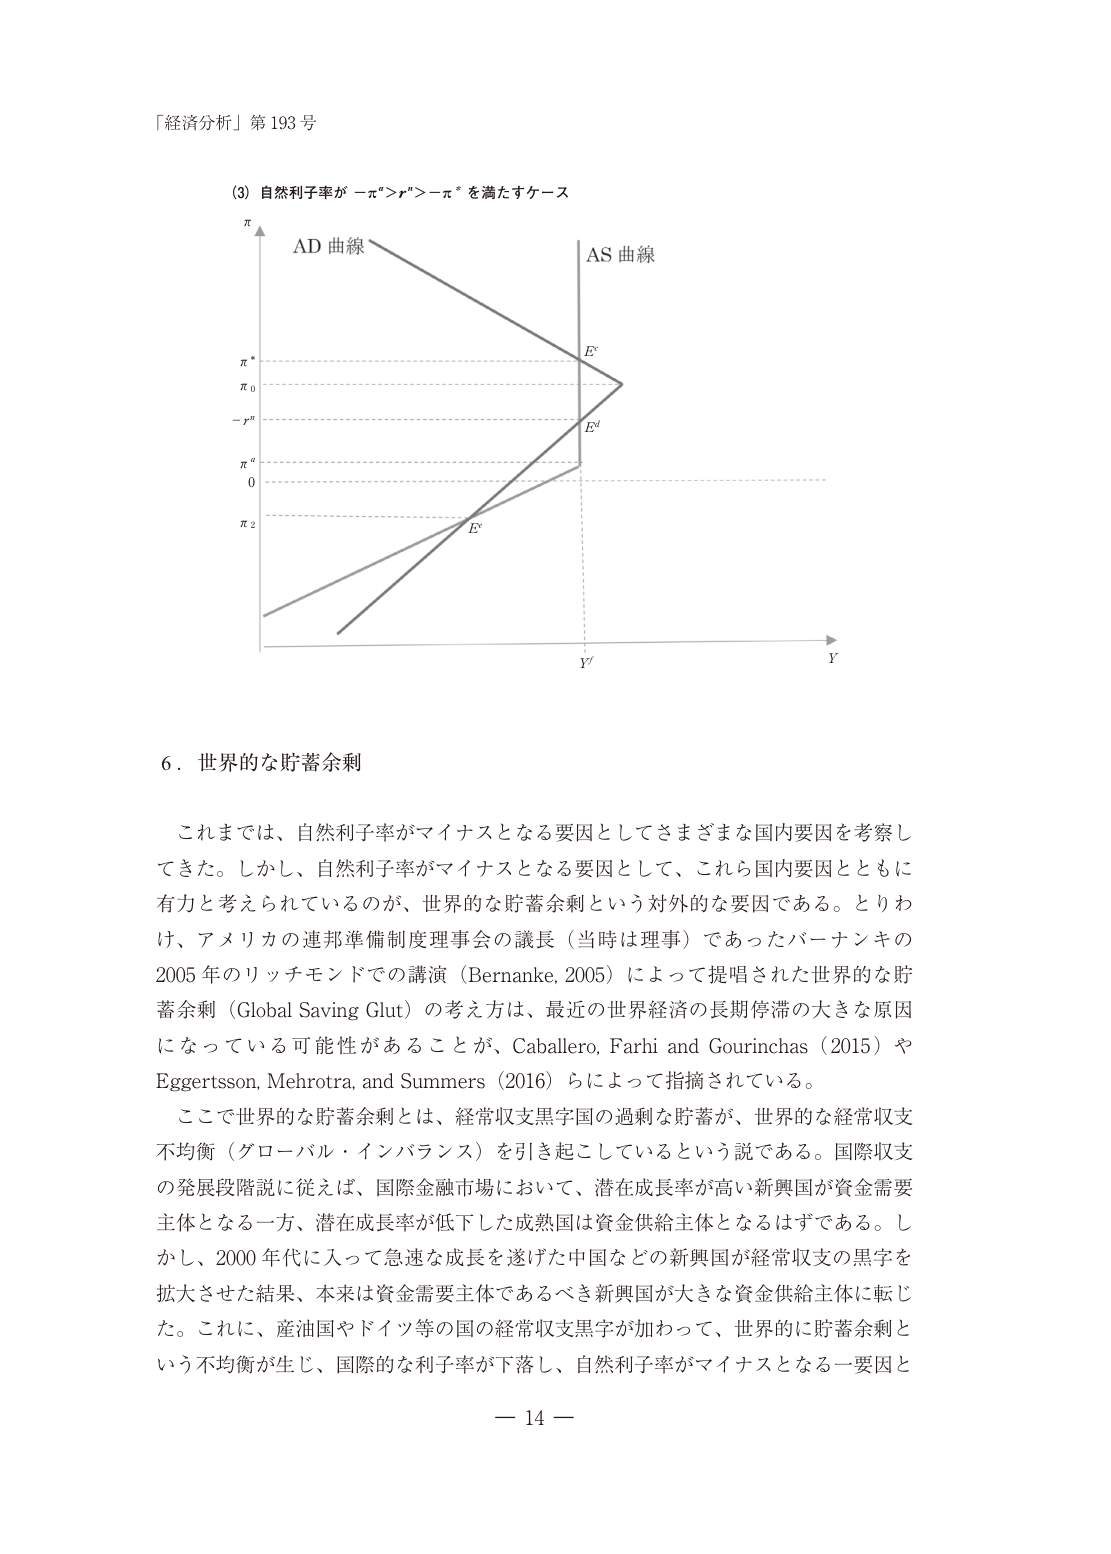
「経済分析」第 193 号

(3) 自然利子率が −π* > r* > −π* を満たすケース

π
AD 曲線
AS 曲線
π*
π0
−r*
π''
0
π2
E*
E'
E''
Y'
Y

6．世界的な貯蓄余剰

これまでは、自然利子率がマイナスとなる要因としてさまざまな国内要因を考察してきた。しかし、自然利子率がマイナスとなる要因として、これら国内要因とともに有力と考えられているのが、世界的な貯蓄余剰という対外的な要因である。とりわけ、アメリカの連邦準備制度理事会の議長（当時は理事）であったバーナンキの2005年のリッチモンドでの講演（Bernanke, 2005）によって提唱された世界的な貯蓄余剰（Global Saving Glut）の考え方は、最近の世界経済の長期停滞の大きな原因になっている可能性があることが、Caballero, Farhi and Gourinchas（2015）やEggertsson, Mehrotra, and Summers（2016）らによって指摘されている。

ここで世界的な貯蓄余剰とは、経常収支黒字国の過剰な貯蓄が、世界的な経常収支不均衡（グローバル・インバランス）を引き起こしているという説である。国際収支の発展段階説に従えば、国際金融市場において、潜在成長率が高い新興国が資金需要主体となる一方、潜在成長率が低下した成熟国は資金供給主体となるはずである。しかし、2000年代に入って急速な成長を遂げた中国などの新興国が経常収支の黒字を拡大させた結果、本来は資金需要主体であるべき新興国が大きな資金供給主体に転じた。これに、産油国やドイツ等の国の経常収支黒字が加わって、世界的に貯蓄余剰という不均衡が生じ、国際的な利子率が下落し、自然利子率がマイナスとなる一要因と

— 14 —